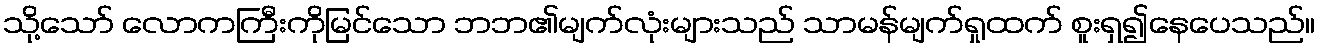
သို့သော် လောကကြီးကိုမြင်သော ဘဘ၏မျက်လုံးများသည် သာမန်မျက်ရှုထက် စူးရှ၍နေပေသည်။